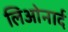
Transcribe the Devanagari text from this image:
लिओनार्द